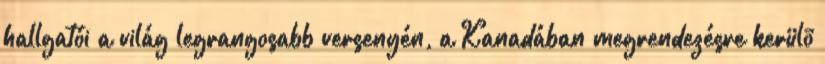
hallgatói a világ legrangosabb versenyén, a Kanadában megrendezésre kerülõ